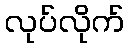
လုပ်လိုက်